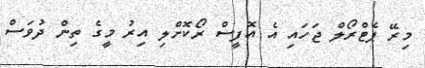
މިރޭ ޕެޓްރޯލް ޖަހައި އެ އޮފީސް ރޯކޮށްލި އިރު މީގެ ތިން ދުވަސް